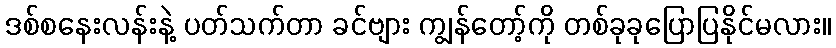
ဒစ်စနေးလန်းနဲ့ ပတ်သက်တာ ခင်ဗျား ကျွန်တော့်ကို တစ်ခုခုပြောပြနိုင်မလား။